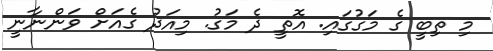
މި ތިބީ ގެ މަގުގައި. އޮތީ ދެ މަގު. މިއަދު ގެއަށް ވަންނާނީ